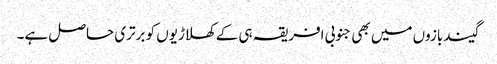
گیندبازوں میں بھی جنوبی افریقہ ہی کے کھلاڑیوں کو برتری حاصل ہے۔